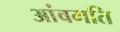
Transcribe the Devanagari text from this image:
आंवगति